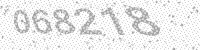
Solution: 068218